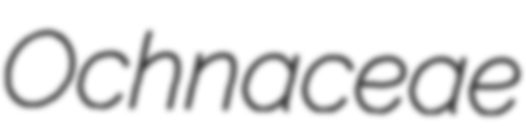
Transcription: Ochnaceae